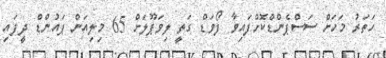
ހަތަރު މަހަށް ސަސްޕެންޑްކޮށްފައިވާ ފޯވަޑް ގަތީ ލިވަޕޫލަށް 65 މިލިއަން ޕައުންޑް ދީފައި